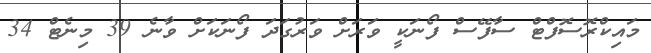
މައިކްރޮސޮފްޓް ސާފޭސް ފޯނަކީ ވަރަށް ވަރުގަދަ ފޯނަކަށް ވާނެ 39 މިނެޓް 34